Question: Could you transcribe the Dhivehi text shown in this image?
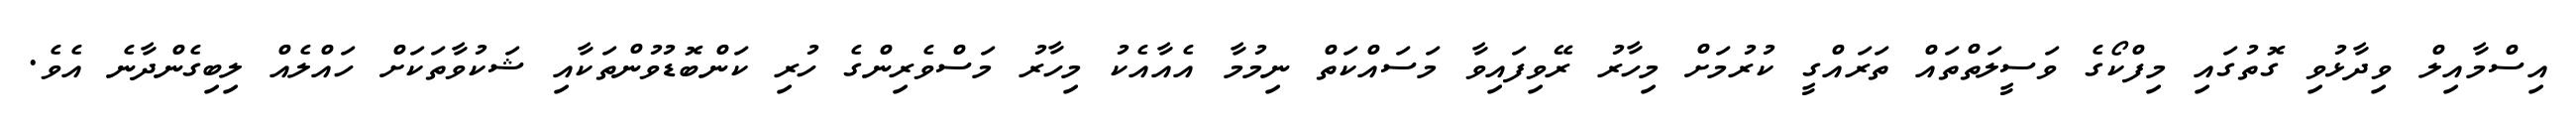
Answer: އިސްމާއިލް ވިދާޅުވި ގޮތުގައި މިފްކޯގެ ވަސީލަތްތައް ތަރައްގީ ކުރުމަށް މިހާރު ރޭވިފައިވާ މަސައްކަތް ނިމުމާ އެއާއެކު މިހާރު މަސްވެރިންގެ ހުރި ކަންބޮޑުވުންތަކާއި ޝަކުވާތަކަށް ހައްލެއް ލިބިގެންދާނެ އެވެ.